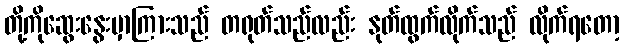
တို့ကိုဆွေးနွေးမှာကြားသည် တရုတ်သည်လည်း နုတ်ထွက်လိုက်သည် လိုက်ရတော့